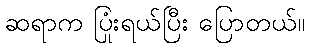
ဆရာက ပြုံးရယ်ပြီး ပြောတယ်။